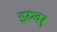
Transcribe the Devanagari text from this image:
इरुवर्